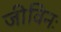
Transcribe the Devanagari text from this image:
जीविनः